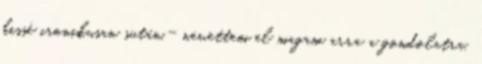
kissé ironikusan sután.- nevettem el magam arra a gondolatra,